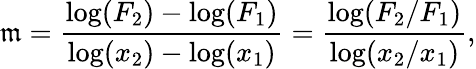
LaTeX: \mathfrak{m}={\frac{{\mathrm{{log}}(F_{2})-\mathrm{{log}}(F_{1})}}{{\log(x_{2})-\log(x_{1})}}}={\frac{{\log(F_{2}/F_{1})}}{{\log(x_{2}/x_{1})}}},